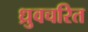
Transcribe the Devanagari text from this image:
ध्रुवचरित